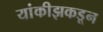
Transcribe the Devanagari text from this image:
यांकीझकडून